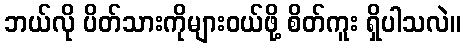
ဘယ်လို ပိတ်သားကိုများဝယ်ဖို့ စိတ်ကူး ရှိပါသလဲ။